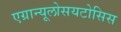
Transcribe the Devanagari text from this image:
एग्रान्यूलोसयटोसिस